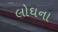
લોઘના